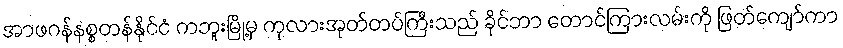
အာဖဂန်နစ္စတန်နိုင်ငံ ကဘူးမြို့မှ ကုလားအုတ်တပ်ကြီးသည် ခိုင်ဘာ တောင်ကြားလမ်းကို ဖြတ်ကျော်ကာ